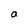
Character: O